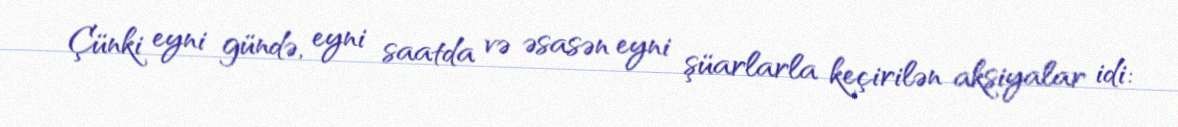
Çünki eyni gündə, eyni saatda və əsasən eyni şüarlarla keçirilən aksiyalar idi: